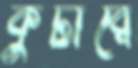
কুটীরে